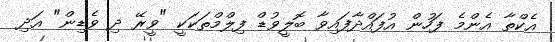
އެކްތާ އެންމެ ފަހުން އުފައްދާފައިވާ ބޮލީވުޑް ފިލްމްތަކަކީ "ވީރޭ ދި ވެޑިން" އަދި